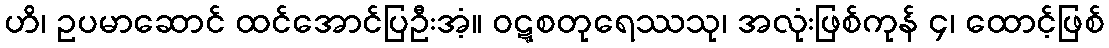
ဟိ၊ ဥပမာဆောင် ထင်အောင်ပြဦးအံ့။ ဝဋ္ဋစတုရေဿသု၊ အလုံးဖြစ်ကုန် ၄၊ ထောင့်ဖြစ်